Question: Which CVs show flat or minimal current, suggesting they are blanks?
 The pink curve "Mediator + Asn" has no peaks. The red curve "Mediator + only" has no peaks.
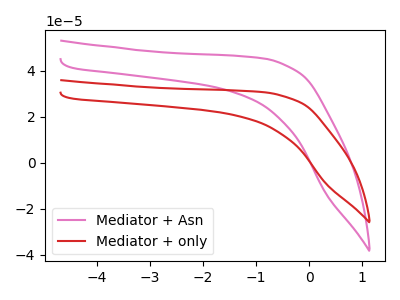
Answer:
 <answer>"Mediator + Asn" and "Mediator + only" are likely to be blanks.</answer>
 <eval>"Mediator + Asn", "Mediator + only"</eval>